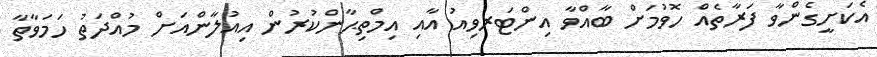
އެކަށީގެންވާ ފަރާތެއް ހޮވުމަށް ބާއްވާ އިންޓަރވިއު އާއި އިމްތިޙާންކުރުން އިއުލާންއަށް މުއްދަތު ހަމަވާތާ